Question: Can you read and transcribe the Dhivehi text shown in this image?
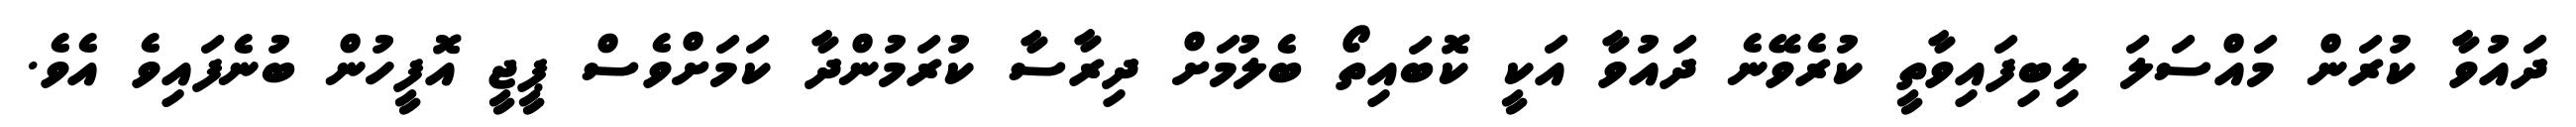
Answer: ދައުވާ ކުރަން މައްސަލަ ލިބިފައިވާތީ ކުރެވޭނެ ދައުވާ އަކީ ކޮބައިތޯ ބެލުމަށް ދިރާސާ ކުރަމުންދާ ކަމަށްވެސް ޕީޖީ އޮފީހުން ބުނެފައިވެ އެވެ.